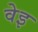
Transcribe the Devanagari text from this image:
वेइ